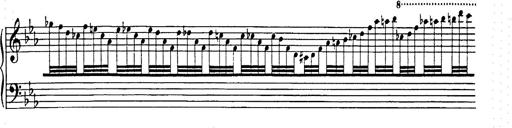
Title: Hungarian Rhapsody No.9
Composer: Franz Liszt
Key: E-flat major